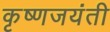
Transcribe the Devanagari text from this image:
कृष्णजयंती